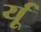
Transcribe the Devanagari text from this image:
र्यू